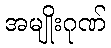
အမျိုးဂုဏ်